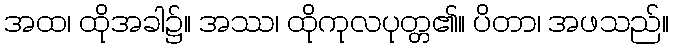
အထ၊ ထိုအခါ၌။ အဿ၊ ထိုကုလပုတ္တ၏။ ပိတာ၊ အဖသည်။